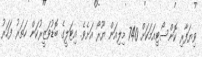
ވިޔަފާރި ކޮންސޯޓިއަމަކަށް 740 މިލިއަން ޔޫރޯ އަށެވެ. އިޓަލީގެ ބޮޑުވަޒީރުކަން ހަތަރު ފަހަރު